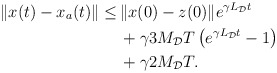
\begin{align*}\begin{aligned}\|x(t)-x_a(t)\| \le&\, \|x(0)-z(0) \| e^{\gamma L_\mathcal{D}t} \\&\,+ \gamma 3 M_\mathcal{D} T \left(e^{\gamma L_\mathcal{D}t} -1\right)\\&\,+\gamma 2M_\mathcal{D} T.\end{aligned}\end{align*}